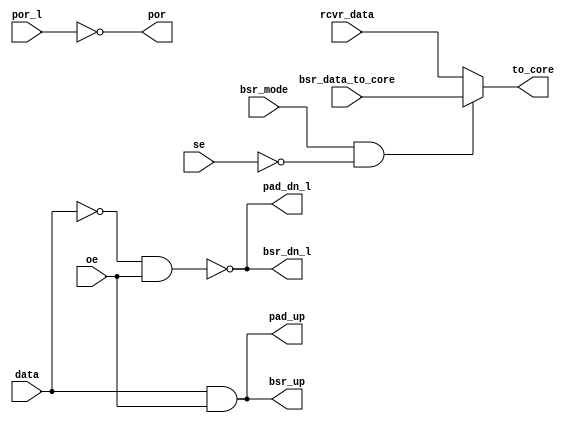
module bw_io_cmos_edgelogic(
   // Outputs
   to_core, por, pad_up, bsr_up, pad_dn_l, bsr_dn_l,

   // Inputs
   data, oe, bsr_mode, por_l,
   bsr_data_to_core, se, rcvr_data
   );

//////////////////////////////////////////////////////////////////////////
// INPUTS
//////////////////////////////////////////////////////////////////////////
input		data;
input		oe;
input		bsr_mode;
input		por_l;
input		se;
input		bsr_data_to_core;
input		rcvr_data;
supply0		vss;
//////////////////////////////////////////////////////////////////////////
// OUTPUTS
//////////////////////////////////////////////////////////////////////////
output		pad_up;
output		pad_dn_l;
output		bsr_up;
output		bsr_dn_l;
output		por;
output		to_core;


// WIRES
wire pad_up;
wire pad_dn_l;
wire bsr_up;
wire bsr_dn_l;
wire por;
wire to_core;
		
//always 
//begin
//  bsr_up   = pad_up;
//  bsr_dn_l = pad_dn_l;
//  por      = ~por_l;
//  pad_up   =  data && oe;
//  pad_dn_l = ~(~data && oe);
//  to_core  = (bsr_mode && !se) ? bsr_data_to_core : rcvr_data;
//end

assign bsr_up   = pad_up;
assign bsr_dn_l = pad_dn_l;
assign por      = ~por_l;
assign pad_up   =  data && oe;
assign pad_dn_l = ~(~data && oe);
assign to_core  = (bsr_mode && !se) ? bsr_data_to_core : rcvr_data;

endmodule